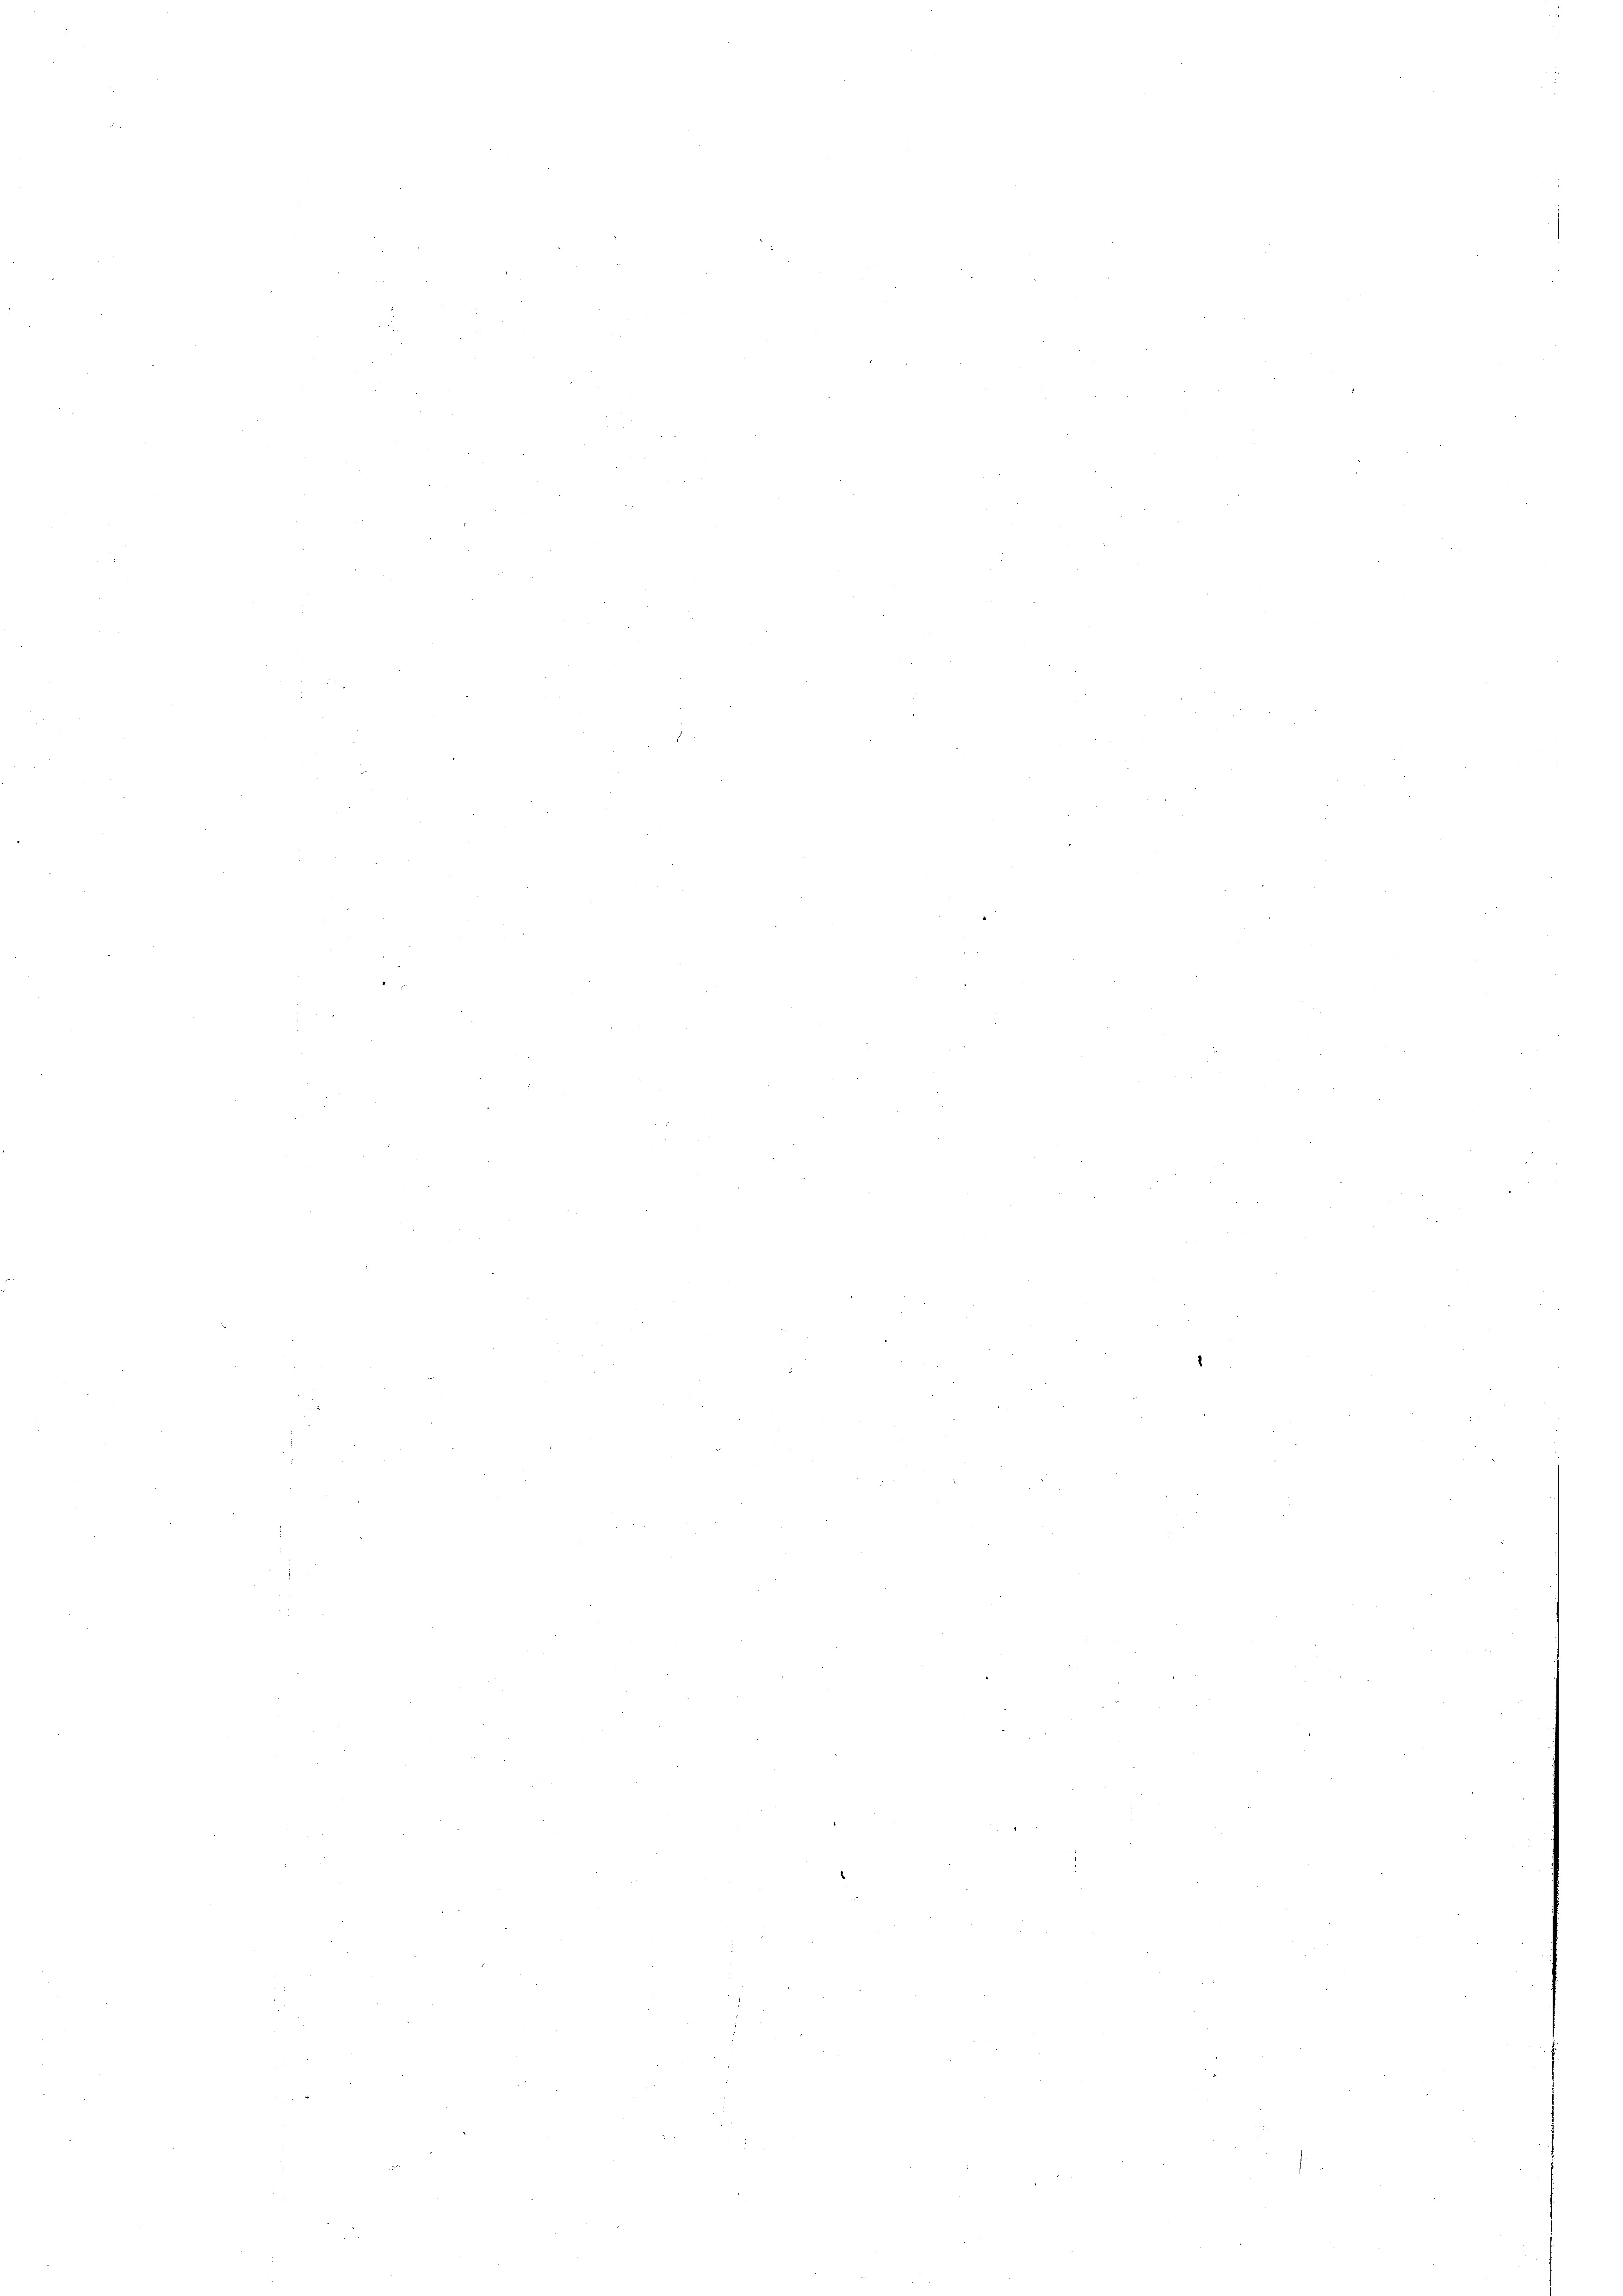
e

282

2

E

n
.

e

n

e

8

d